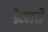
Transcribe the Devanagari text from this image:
प्रेजाते